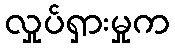
လှုပ်ရှားမှုက